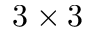
3 \times 3